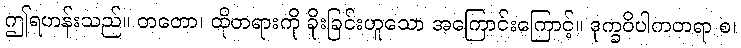
ဤရဟန်းသည်။ တတော၊ ထိုတရားကို ခိုးခြင်းဟူသော အကြောင်းကြောင့်။ ဒုက္ခဝိပါကတရာ စ၊